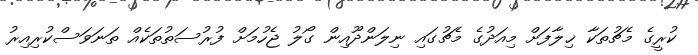
ކުރީގެ މެޗުތަކާ ޚިލާފަށް މިއަދުގެ މެޗުގައި ނިލަންދޫއިން ގޯލު ޖެހުމަށް ފުރުސަތުތަކެއް ތަނަވަސްކުރިއިރު